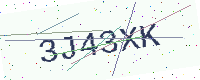
Text: 3J43XK